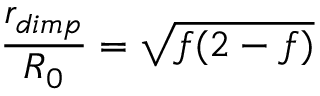
\frac { r _ { d i m p } } { R _ { 0 } } = \sqrt { f ( 2 - f ) }